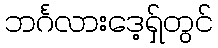
ဘင်္ဂလားဒေ့ရှ်တွင်